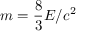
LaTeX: m = { \frac { 8 } { 3 } } E / c ^ { 2 }